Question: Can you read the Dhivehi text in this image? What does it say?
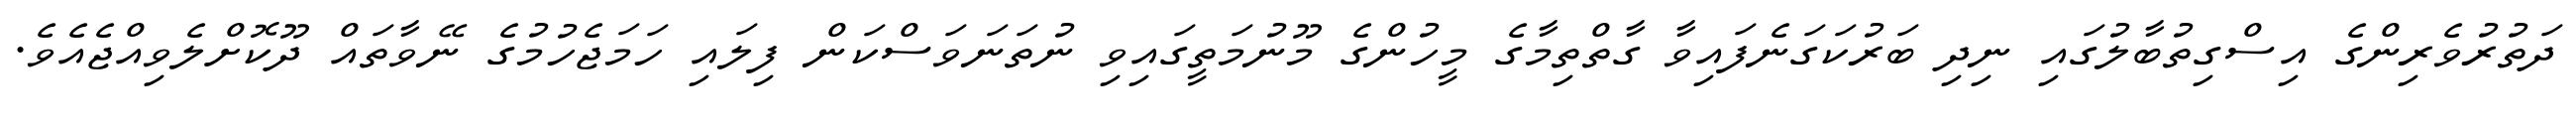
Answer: ދަތުރުވެރިންގެ އިސްގިތުބާލުގައި ނިދި ބަރުކަގަނެފައިވާ ގާތްތިމާގެ މީހުންގެ މޫނުމަތީގައިވި ނުތަނަވަސްކަން ފިލައި ހަމަޖެހުމުގެ ނޭވާތައް ދޫކޮށްލެވިއްޖެއެވެ.